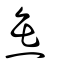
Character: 缹